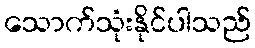
သောက်သုံးနိုင်ပါသည်